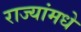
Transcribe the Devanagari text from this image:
राज्यांमधे